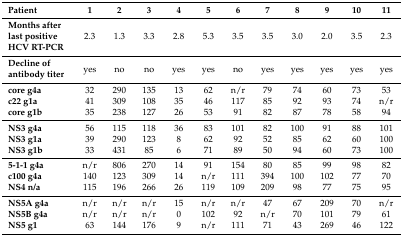
| Patient | 1 | 2 | 3 | 4 | 5 | 6 | 7 | 8 | 9 | 10 | 11 |
 | --- | --- | --- | --- | --- | --- | --- | --- | --- | --- | --- | --- |
 | Months after last positive HCV RT-PCR | 2.3 | 1.3 | 3.3 | 2.8 | 5.3 | 3.5 | 3.5 | 3.0 | 2.0 | 3.5 | 2.3 |
 | Decline of antibody titer | yes | no | no | yes | yes | no | yes | yes | yes | yes | yes |
 | core g4a | 32 | 290 | 135 | 13 | 62 | n/r | 79 | 74 | 60 | 73 | 53 |
 | c22 g1a | 41 | 309 | 108 | 35 | 46 | 117 | 85 | 92 | 93 | 74 | n/r |
 | core g1b | 35 | 238 | 127 | 26 | 53 | 91 | 82 | 87 | 78 | 58 | 94 |
 | NS3 g4a | 56 | 115 | 118 | 36 | 83 | 101 | 82 | 100 | 91 | 88 | 101 |
 | NS3 g1a | 39 | 290 | 123 | 8 | 62 | 92 | 52 | 85 | 62 | 60 | 100 |
 | NS3 g1b | 33 | 431 | 85 | 6 | 71 | 89 | 50 | 94 | 60 | 73 | 100 |
 | 5-1-1 g4a | n/r | 806 | 270 | 14 | 91 | 154 | 80 | 85 | 99 | 98 | 82 |
 | c100 g4a | 140 | 123 | 309 | 14 | n/r | 111 | 394 | 100 | 102 | 77 | 70 |
 | NS4 n/a | 115 | 196 | 266 | 26 | 119 | 109 | 209 | 98 | 77 | 75 | 95 |
 | NS5A g4a | n/r | n/r | n/r | 15 | n/r | n/r | 47 | 67 | 209 | 70 | n/r |
 | NS5B g4a | n/r | n/r | n/r | 0 | 102 | 92 | n/r | 70 | 101 | 79 | 61 |
 | NS5 g1 | 63 | 144 | 176 | 9 | n/r | 111 | 71 | 43 | 269 | 46 | 122 |